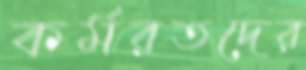
কর্মরতদের